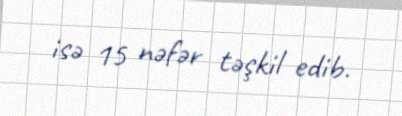
isə 15 nəfər təşkil edib.